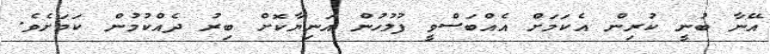
އޭނާ ބުނީ ކުރިން އެކަމަށް އެއްބަސްވީ ފުލުހުން އަނިޔާކޮށް ބިރު ދެއްކުމުން ކަމަށެވެ.